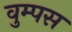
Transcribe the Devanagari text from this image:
वुम्पस